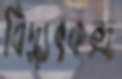
বিদ্যুৎকন্দ্র